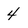
Character: 4